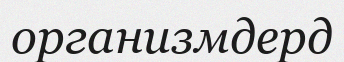
организмдерд